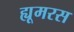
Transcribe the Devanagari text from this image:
ह्यूमरस